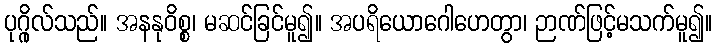
ပုဂ္ဂိုလ်သည်။ အနနုဝိစ္စ၊ မဆင်ခြင်မူ၍။ အပရိယောဂေါဟေတွာ၊ ဉာဏ်ဖြင့်မသက်မူ၍။